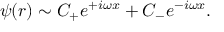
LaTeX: \psi ( r ) \sim C _ { + } e ^ { + i \omega x } + C _ { - } e ^ { - i \omega x } .